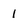
Character: 1